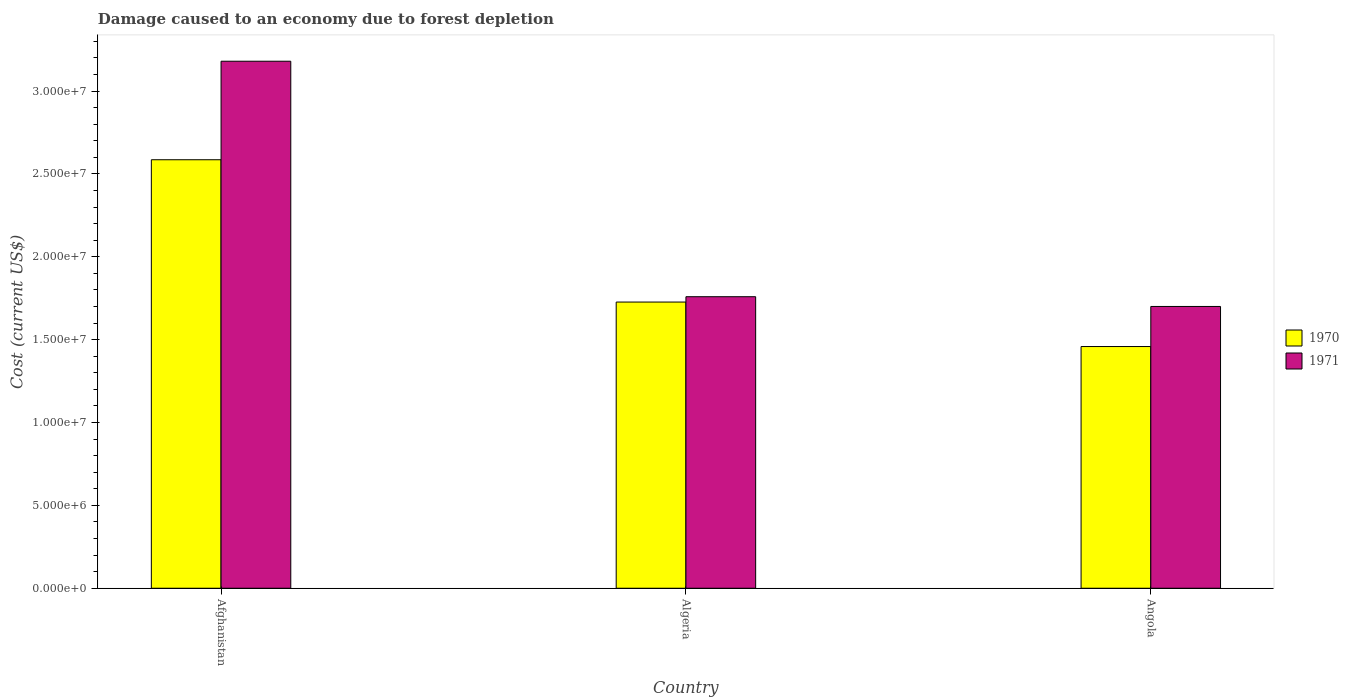
| Country | 1970 | 1971 |
 | --- | --- | --- |
 | Afghanistan | 2.59e+07 | 3.18e+07 |
 | Algeria | 1.73e+07 | 1.76e+07 |
 | Angola | 1.46e+07 | 1.7e+07 |